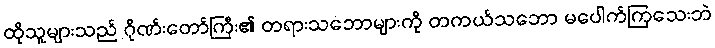
ထိုသူများသည် ဂိုဏ်းတော်ကြီး၏ တရားသဘောများကို တကယ်သဘော မပေါက်ကြသေးဘဲ